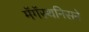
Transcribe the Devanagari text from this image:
मॅगॅस्थनिसने